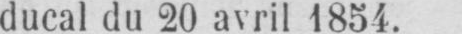
ducal du 20 avril 1854.